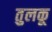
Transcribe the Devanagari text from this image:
तुलकू